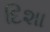
દિશા